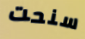
سنحت